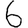
Digit: 6